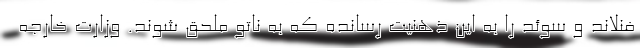
فنلاند و سوئد را به این ذهنیت رسانده که به ناتو ملحق شوند. وزارت خارجه